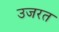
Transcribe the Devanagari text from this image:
उजरत